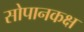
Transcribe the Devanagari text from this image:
सोपानकक्ष